Leprosy in India: report of the Leprosy Commission in India, 1890-91
Year: 1890
Disease focus: Leprosy
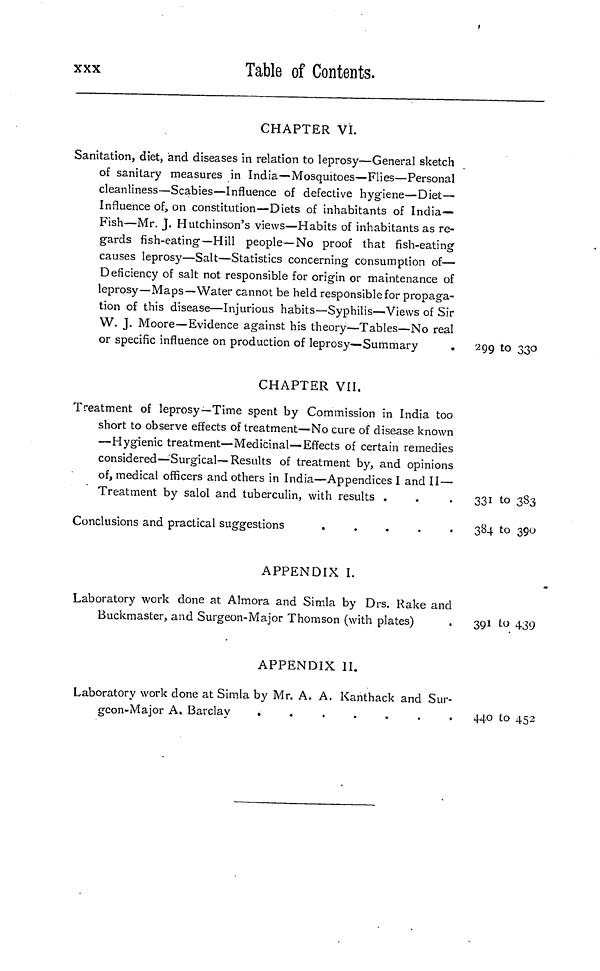
xxx
Table of Contents.
CHAPTER VI.
Sanitation, diet, and diseases in relation to leprosy—General sketch
of sanitary measures in India—Mosquitoes—Flies—Personal
cleanliness—Scabies—Influence of defective hygiene—Diet—
Influence of, on constitution—Diets of inhabitants of India-
Fish—Mr. J. Hutchinson's views—Habits of inhabitants as re-
gards fish-eating—Hill people—No proof that fish-eating
causes leprosy—Salt—Statistics concerning consumption of—
Deficiency of salt not responsible for origin or maintenance of
leprosy—Maps—Water cannot be held responsible for propaga-
tion of this disease—Injurious habits—Syphilis—Views of Sir
W. J. Moore—Evidence against his theory—Tables—No real
or specific influence on production of leprosy—Summary
CHAPTER VII.
Treatment of leprosy—Time spent by Commission in India too
short to observe effects of treatment—No cure of disease known
—Hygienic treatment—Medicinal—Effects of certain remedies
considered—Surgical—Results of treatment by, and opinions
of, medical officers and others in India—Appendices I and II—
Treatment by salol and tuberculin, with results .
Conclusions and practical suggestions
.....
APPENDIX I.
Laboratory work done at Almora and Simla by Drs. Rake and
Buckmaster, and Surgeon-Major Thomson (with plates)
APPENDIX II.
Laboratory work done at Simla by Mr. A. A. Kanthack and Sur-
geon-Major A. Barclay
.......
299 to 330
331 to 383
384 to 390
391 to 439
440 to 452